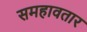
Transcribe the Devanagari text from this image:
समहावतार